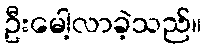
ဦးမေါ့လာခဲ့သည်။